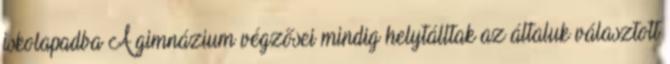
iskolapadba A gimnázium végzősei mindig helytálltak az általuk választott